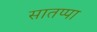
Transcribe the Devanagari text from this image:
सातप्पा